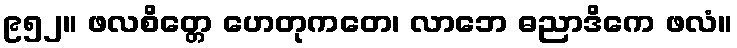
၉၅၂။ ဖလစိတ္တေ ဟေတုကတေ၊ လာဘေ ဓညာဒိကေ ဖလံ။